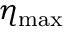
\eta _ { \mathrm { m a x } }